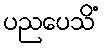
ပညပေသိံ